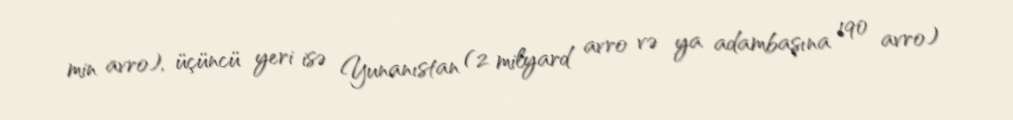
min avro), üçüncü yeri isə Yunanıstan (2 milyard avro və ya adambaşına 190 avro)